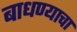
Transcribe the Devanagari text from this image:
बाधण्याचा